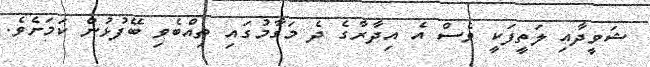
ޝަވީދާއި ލަތީފަކީ ވެސް އެ އިދާރާގެ ދެ މަގާމުގައި ތިއްބެވި ބޭފުޅުން ކަމަށެވެ.